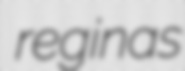
reginas